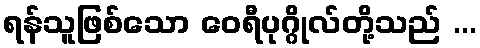
ရန်သူဖြစ်သော ဝေရီပုဂ္ဂိုလ်တို့သည် ...